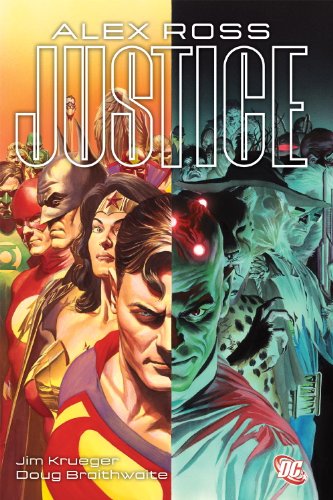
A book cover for Justice; Jim Krueger; Comics & Graphic Novels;